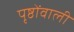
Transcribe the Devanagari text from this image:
पृष्ठोंवाली